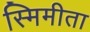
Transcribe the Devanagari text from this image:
स्मिमीता